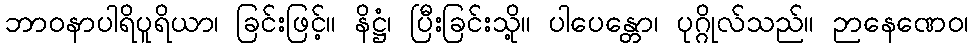
ဘာဝနာပါရိပူရိယာ၊ ခြင်းဖြင့်။ နိဋ္ဌံ၊ ပြီးခြင်းသို့။ ပါပေန္တော၊ ပုဂ္ဂိုလ်သည်။ ဉာနေဏေဝ၊